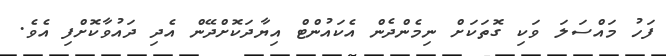
ފަހު މައްސަލަ ވަކި ގޮތަކަށް ނިމެންދެން އެކައުންޓް އިޔާދަކޮށްދޭން އެދި ދައުވާކޮށްފި އެވެ.